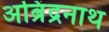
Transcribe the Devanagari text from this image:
अब्रिंद्रनाथ